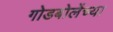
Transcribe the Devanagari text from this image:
गोडबोलेंच्या